Document type: Sale
Year: 1499
Scribe: Joan Martínez de Sòria
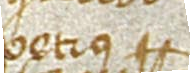
Petrus